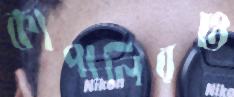
কাপালিরও